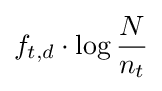
f_{t,d}\cdot \log {\frac {N}{n_{t}}}